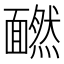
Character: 𩉄